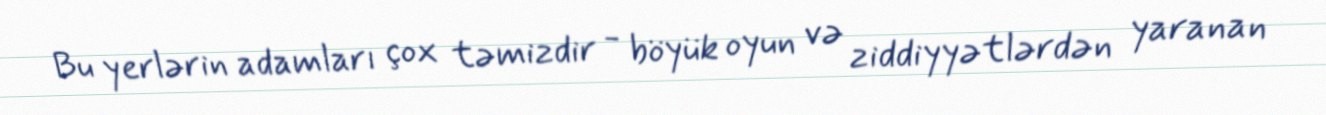
Bu yerlərin adamları çox təmizdir - böyük oyun və ziddiyyətlərdən yaranan